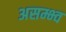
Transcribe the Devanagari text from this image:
असम्भ्व